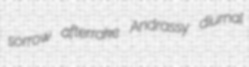
sorrow afterrake Andrassy diurnal